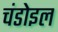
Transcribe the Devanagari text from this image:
चंडोइल